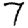
Digit: 7